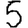
Digit: 5